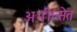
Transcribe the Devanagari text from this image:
अभीप्सेत